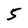
Character: 5